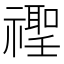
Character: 𱵭